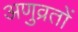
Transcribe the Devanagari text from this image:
अणुव्रतों